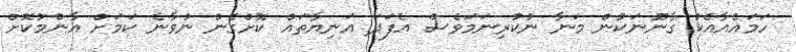
ހަމައެއާއެކު ގާނޫނަކުން މަނާ ނުކުރިނަމަވެސް އެފަދަ އަނިޔާތައް ކޮށްގެން ނުވާނެ ކަމަށް އާންމުކޮށް